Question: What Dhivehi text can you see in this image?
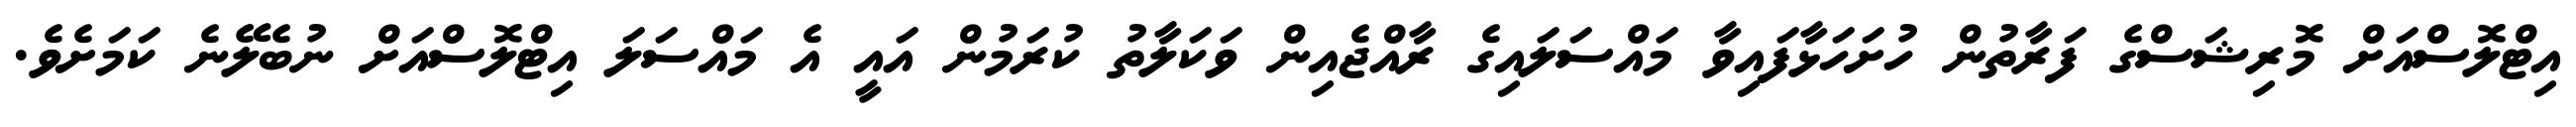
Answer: އިޓްލޮސްއަށް މޮރިޝަސްގެ ފަރާތުން ހުށަހަޅާފައިވާ މައްސަލައިގެ ރާއްޖެއިން ވަކަލާތު ކުރަމުން އައީ އެ މައްސަލަ އިޓްލޮސްއަށް ނުބެލޭނެ ކަމަށެވެ.